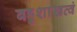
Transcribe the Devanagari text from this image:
बहुशाखत्वं